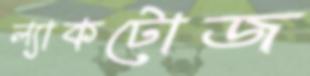
ল্যাকটোজ